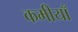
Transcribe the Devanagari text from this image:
कमीयाँ